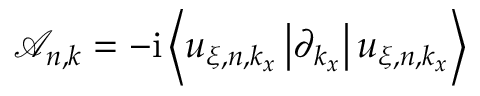
\mathcal { A } _ { n , k } = - \mathrm { i } \left< u _ { \xi , n , k _ { x } } \vphantom { \partial _ { k _ { x } } } \vphantom { u _ { \xi , n , k _ { x } } } \left| \partial _ { k _ { x } } \vphantom { u _ { \xi , n , k _ { x } } } \vphantom { u _ { \xi , n , k _ { x } } } \right| u _ { \xi , n , k _ { x } } \vphantom { u _ { \xi , n , k _ { x } } } \vphantom { \partial _ { k _ { x } } } \right>